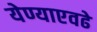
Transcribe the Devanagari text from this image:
येण्याएवढे